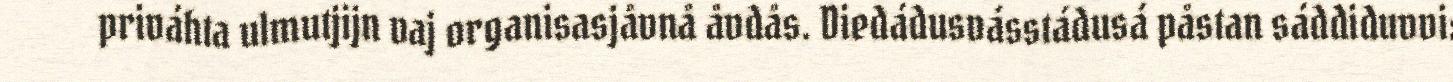
priváhta ulmutjijn vaj organisasjåvnå åvdås. Diedádusvásstádusá påstan sáddiduvvi: